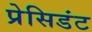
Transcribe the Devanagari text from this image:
प्रेसिडंट